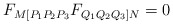
\begin{align*} F_{M[P_1P_2P_3} F_{Q_1Q_2Q_3]N}=0\end{align*}